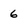
Character: 6